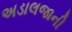
અડાલજાની